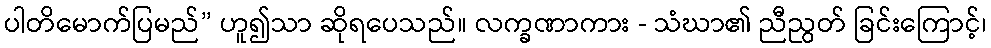
ပါတိမောက်ပြမည်” ဟူ၍သာ ဆိုရပေသည်။ လက္ခဏာကား - သံဃာ၏ ညီညွတ် ခြင်းကြောင့်၊